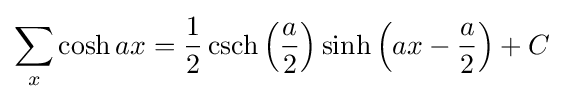
\sum _{x}\cosh ax={\frac {1}{2}}\operatorname {csch} \left({\frac {a}{2}}\right)\sinh \left(ax-{\frac {a}{2}}\right)+C